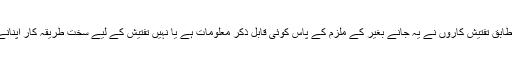
دستاویز کے مطابق تفتیش کاروں نے یہ جانے بغیر کے ملزم کے پاس کوئی قابلِ ذکر معلومات ہے یا نہیں تفتیش کے لیے سخت طریقہ کار اپنانے کا فیصلہ کیا۔